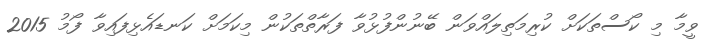
ވީމާ މި ކޯސްތަކަށް ކުރިމަތިލައްވަން ބޭނުންފުޅުވާ ފަރާތްތަކުން މިކަމަށް ކަނޑައެޅިފައިވާ ފޯމު 2015